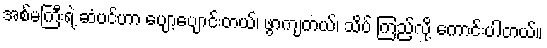
အစ်မကြီးရဲ့ ဆံပင်ဟာ ပျော့ပျောင်းတယ်၊ ဖွာကျတယ်၊ သိပ် ကြည့်လို့ ကောင်းပါတယ်။